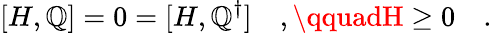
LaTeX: [H,\mathbb{Q}]=0=[H,\mathbb{Q}^{\dagger}]\quad,\qquadH\geq0\quad.